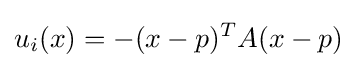
u_{i}(x)=-(x-p)^{T}A(x-p)